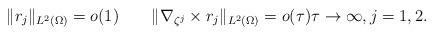
LaTeX: \begin{align*}\|r_j\|_{L^2(\Omega)} = o(1)\quad\quad\|\nabla_{\zeta^j}\times r_j\|_{L^2(\Omega)} = o(\tau) \tau\to\infty,j=1,2.\end{align*}